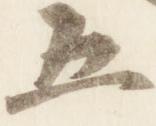
五